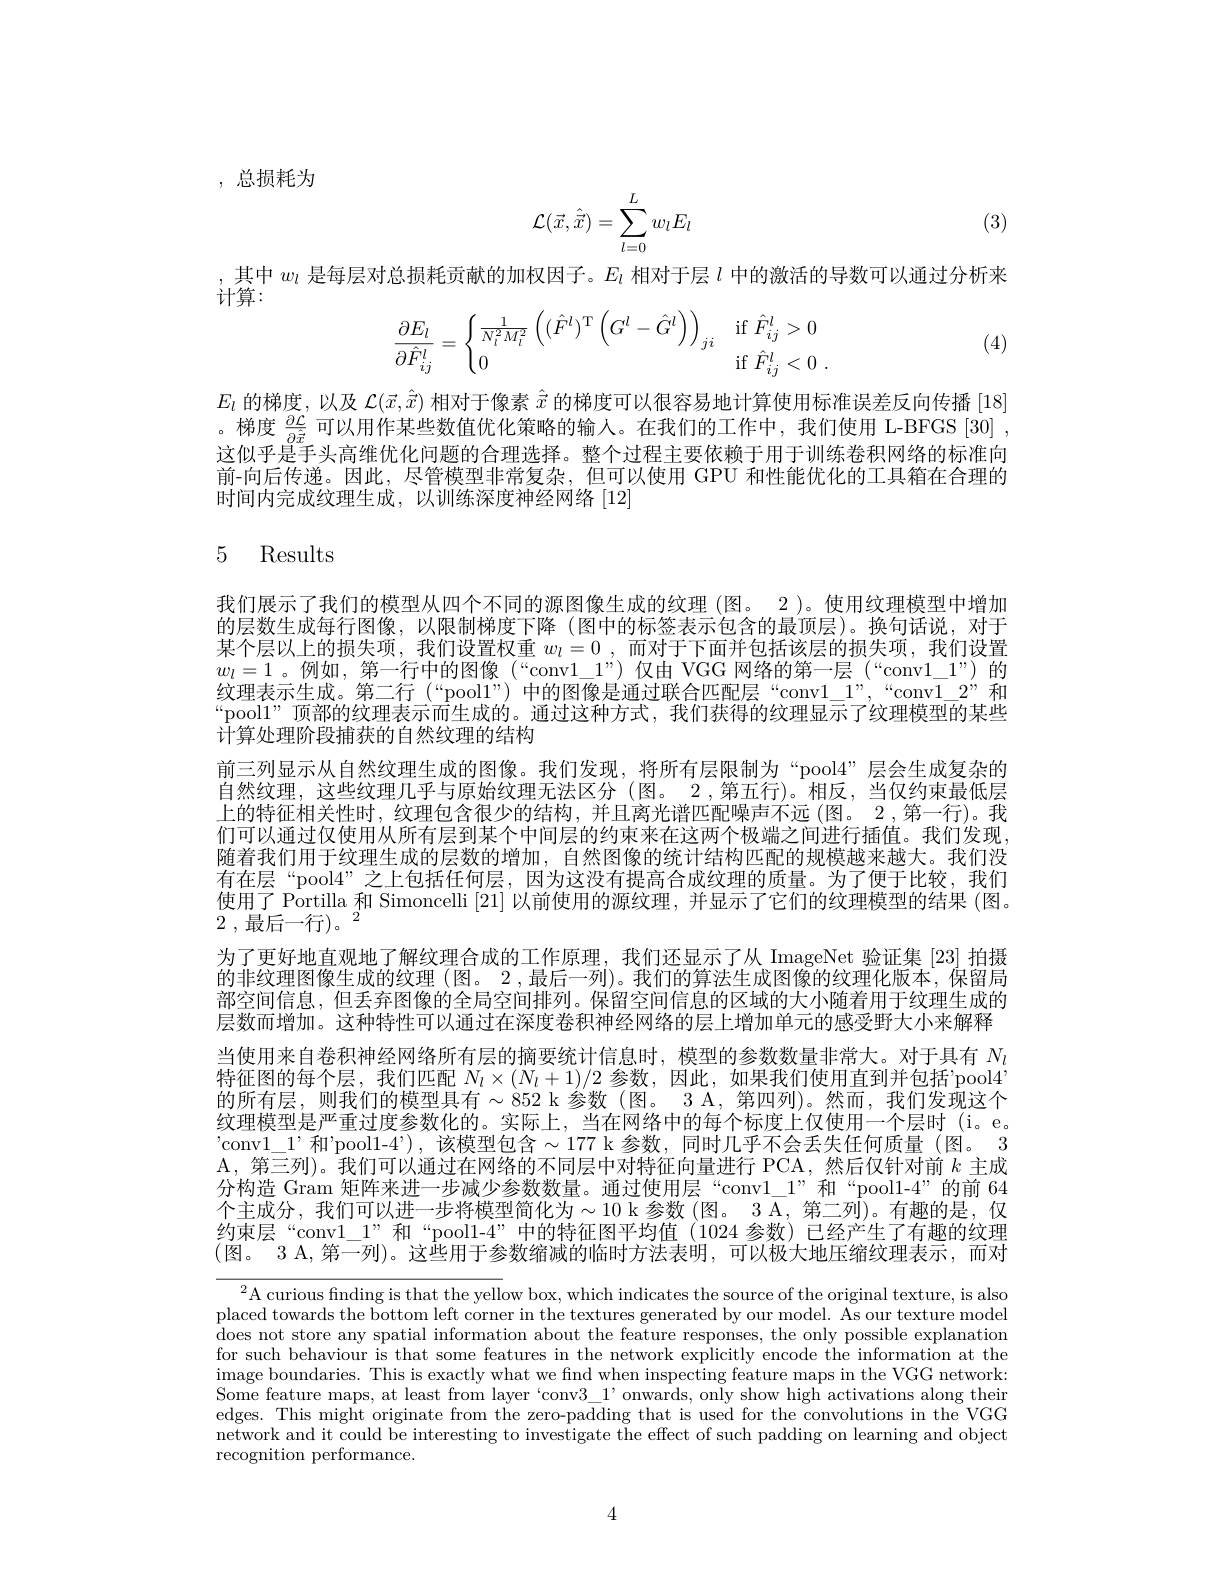
, 总损耗为

(3)
$$\mathcal{L}(\vec{x},\hat{\vec{x}})=\sum\limits_{l=0}^{L}w_lE_l$$
其中$w_l$是每层对总损耗贡献的加权因子。$E_l$相对于层$l$中的激活的导数可以通过分析来

$\hat{\text{计算：}}$
$$\dfrac{\partial E_l}{\partial\hat{F}_{ij}^l}=\begin{cases}\frac{1}{N_l^2M_l^2}\left((\hat{F}^l)^\mathrm{T}\left(G^l-\hat{G}^l\right)\right)_{ji}&\mathrm{if}\:\hat{F}_{ij}^l>0\\0&\mathrm{if}\:\hat{F}_{ij}^l<0\:.\end{cases}$$
(4)

$E_l$的梯度，以及$\mathcal{L}(\vec{x},\hat{\vec{x}})$相对于像素$\hat{\vec{x}}$的梯度可以很容易地计算使用标准误差反向传播 [18] 。梯度$\frac{\partial\mathcal{L}}{\sin^2}$可以用作某些数值优化策略的输入。在我们的工作中，我们使用 L-BFGS [30] , 这似乎是手头高维优化问题的合理选择。整个过程主要依赖于用于训练卷积网络的标准向前-向后传递。因此，尽管模型非常复杂，但可以使用 GPU 和性能优化的工具箱在合理的时间内完成纹理生成，以训练深度神经网络[12]

# 5 Results

我们展示了我们的模型从四个不同的源图像生成的纹理 (图。2 )。使用纹理模型中增加的层数生成每行图像，以限制梯度下降 (图中的标签表示包含的最顶层)。换句话说，对于某个层以上的损失项，我们设置权重 $w_l= 0$ , 而对于下面并包括该层的损失项，我们设置$w_l=1$ 。例如，第一行中的图像 (“conv$1\_1”)$仅由 VGG 网络的第一层 (“conv$1\_1”)$的纹理表示生成。第二行 (“pooll”) 中的图像是通过联合匹配层“conv$1\_1”,“$conv$1\_2”$和“pool1”顶部的纹理表示而生成的。通过这种方式，我们获得的纹理显示了纹理模型的某些计算处理阶段捕获的自然纹理的结构
前三列显示从自然纹理生成的图像。我们发现，将所有层限制为“pool4”层会生成复杂的自然纹理，这些纹理几乎与原始纹理无法区分(图。2,第五行)。相反，当仅约束最低层上的特征相关性时，纹理包含很少的结构，并且离光谱匹配噪声不远(图。2 ,第一行)。我们可以通过仅使用从所有层到某个中间层的约束来在这两个极端之间进行插值。我们发现， 随着我们用于纹理生成的层数的增加，自然图像的统计结构匹配的规模越来越大。我们没有在层“pool4”之上包括任何层，因为这没有提高合成纹理的质量。为了便于比较，我们使用了 Portilla 和 Simoncelli [21]以前使用的源纹理，并显示了它们的纹理模型的结果 (图。2 , 最 后 一 行 $) 。^{2}$
为了更好地直观地了解纹理合成的工作原理，我们还显示了从 ImageNet 验证集 [23] 拍摄的非纹理图像生成的纹理 (图。2 ,最后一列)。我们的算法生成图像的纹理化版本，保留局部空间信息，但丢弃图像的全局空间排列。保留空间信息的区域的大小随着用于纹理生成的层数而增加。这种特性可以通过在深度卷积神经网络的层上增加单元的感受野大小来解释当使用来自卷积神经网络所有层的摘要统计信息时，模型的参数数量非常大。对于具有$N_l$ 特征图的每个层，我们匹配$N_l\times(N_l+1)/2$参数，因此，如果我们使用直到并包括'pool4的所有层，则我们的模型具有$\sim852$ k 参数(图。3 A, 第四列)。然而，我们发现这个纹理模型是严重过度参数化的。实际上，当在网络中的每个标度上仅使用一个层时(i。e。'conv1\_1'和'pool1-4'),该模型包含$\sim177$ k 参数，同时几乎不会丢失任何质量(图。3 A, 第三列)。我们可以通过在网络的不同层中对特征向量进行 PCA,然后仅针对前$k$主成分构造 Gram 矩阵来进一步减少参数数量。通过使用层“conv1\_1”和“pool1-4”的前 64个主成分，我们可以进一步将模型简化为$\sim10$ k 参数(图。3 A, 第二列)。有趣的是，仅约束层“conv$1\_1”$和“pool1-4”中的特征图平均值(1024 参数)已经产生了有趣的纹理(图。3 A,第一列)。这些用于参数缩减的临时方法表明，可以极大地压缩纹理表示，而对

$^2$A curious fınding is that the yellow box, which indicates the source of the original texture, is also placed towards the bottom left corner in the textures generated by our model. As our texture model does not store any spatial information about the feature responses, the only possible explanation for such behaviour is that some features in the network explicitly encode the information at the $\begin{array}{c}\mathrm{image~boundaries.~This~is~exactly~what~we~find~when~inspecting~feature~maps~in~the~VGG~network:}\\\mathrm{image~boundaries.~This~is~exactly~what~we~find~when~inspecting~feature~maps~in~the~VGG~network}\\\mathrm{image~boundaries.~This~is~exactly~what~we~find~when~i}\end{array}$ Some feature maps, at least from layer `conv$3\_1’$onwards, only show high activations along their edges. This might originate from the zero-padding that is used for the convolutions in the VGG network and it could be interesting to investigate the effect of such padding on learning and object recognition performance.

4